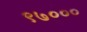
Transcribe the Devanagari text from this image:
९७०००